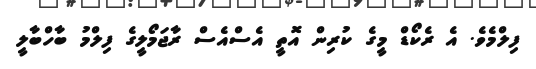
ފިލްމެވެ. އެ ރެކޯޑް މީގެ ކުރިން އޮތީ އެސްއެސް ރާޖަމޯލީގެ ފިލްމު ބާހްބާލީ